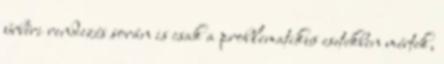
úrbéri rendezés során is csak a problematikus esetekben mértek,